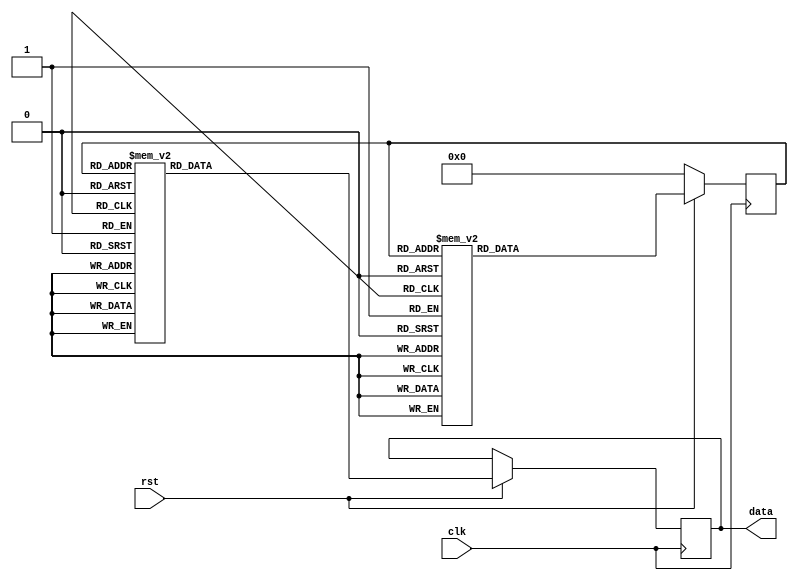

module Counter #
(
    parameter DATA_WIDTH = 4,
    parameter OUTPUT_DATA_WIDTH = 8
)
(
    input wire clk,
    input wire rst,
    output reg [OUTPUT_DATA_WIDTH-1:0] data
);

reg [DATA_WIDTH-1:0] buffer;

always @(posedge clk)
begin
    if(~rst)
    begin
        buffer <= 0;
    end
    else
    begin
        buffer <= get_next_gray_code_value(buffer);
        data <= encode_gray_code_to_bcd(buffer);
    end
end

function [DATA_WIDTH-1:0] get_next_gray_code_value;
    input reg [DATA_WIDTH-1:0] current_value;

    case (current_value)
        4'b0000: get_next_gray_code_value = 4'b0001;
        4'b0001: get_next_gray_code_value = 4'b0011;
        4'b0011: get_next_gray_code_value = 4'b0010;
        4'b0010: get_next_gray_code_value = 4'b0110;
        4'b0110: get_next_gray_code_value = 4'b0111;
        4'b0111: get_next_gray_code_value = 4'b0101;
        4'b0101: get_next_gray_code_value = 4'b0100;
        4'b0100: get_next_gray_code_value = 4'b1100;
        4'b1100: get_next_gray_code_value = 4'b1101;
        4'b1101: get_next_gray_code_value = 4'b1111;
        4'b1111: get_next_gray_code_value = 4'b1110;
        4'b1110: get_next_gray_code_value = 4'b1010;
        4'b1010: get_next_gray_code_value = 4'b1011;
        4'b1011: get_next_gray_code_value = 4'b1001;
        4'b1001: get_next_gray_code_value = 4'b1000;
        4'b1000: get_next_gray_code_value = 4'b0000;
    endcase
endfunction

function [2*DATA_WIDTH-1:0] encode_gray_code_to_bcd; // 8421
    input reg [DATA_WIDTH-1:0] gray_code_value;
    case (gray_code_value)
        4'b0000: encode_gray_code_to_bcd = 8'b00000000; // 0
        4'b0001: encode_gray_code_to_bcd = 8'b00000001; // 1
        4'b0011: encode_gray_code_to_bcd = 8'b00000010; // 2
        4'b0010: encode_gray_code_to_bcd = 8'b00000011; // 3
        4'b0110: encode_gray_code_to_bcd = 8'b00000100; // 4
        4'b0111: encode_gray_code_to_bcd = 8'b00000101; // 5
        4'b0101: encode_gray_code_to_bcd = 8'b00000110; // 6
        4'b0100: encode_gray_code_to_bcd = 8'b00000111; // 7
        4'b1100: encode_gray_code_to_bcd = 8'b00001000; // 8
        4'b1101: encode_gray_code_to_bcd = 8'b00001001; // 9
        4'b1111: encode_gray_code_to_bcd = 8'b00010000; // 10
        4'b1110: encode_gray_code_to_bcd = 8'b00010001; // 11
        4'b1010: encode_gray_code_to_bcd = 8'b00010010; // 12
        4'b1011: encode_gray_code_to_bcd = 8'b00010011; // 13
        4'b1001: encode_gray_code_to_bcd = 8'b00010100; // 14
        4'b1000: encode_gray_code_to_bcd = 8'b00010101; // 15
    endcase
endfunction

endmodule